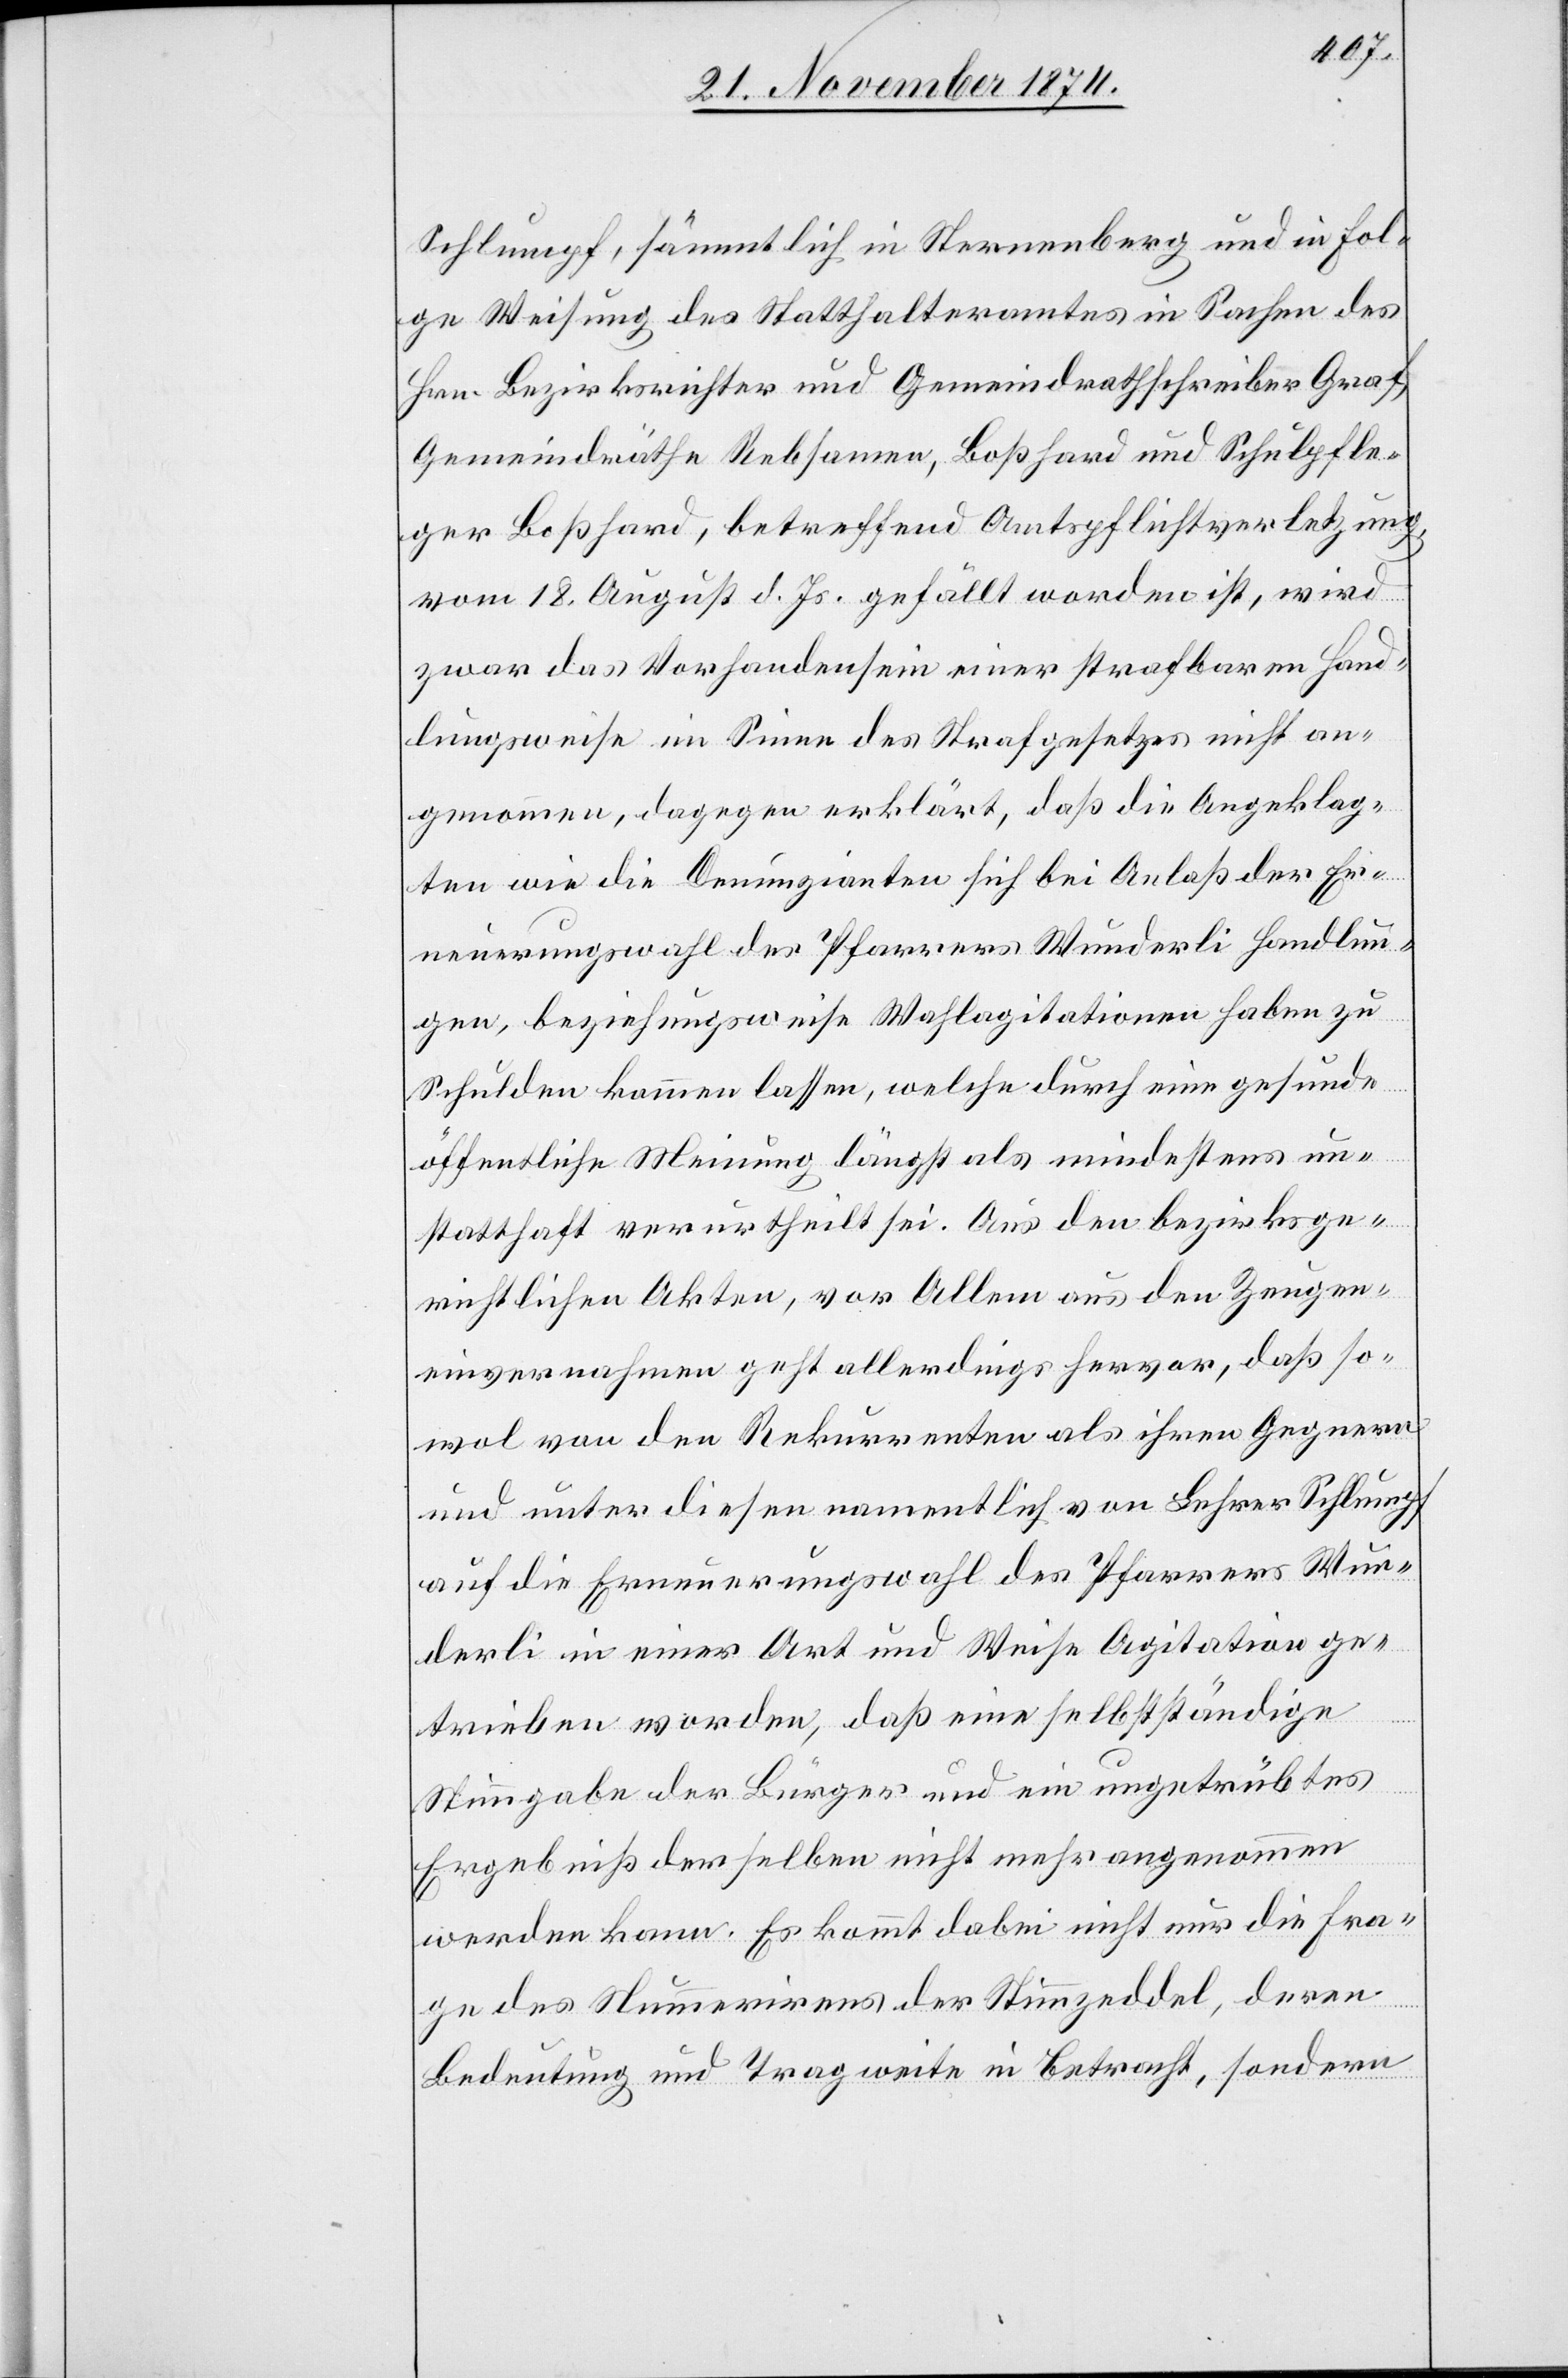
Schlumpf, sämmtlich in Sternenberg und in Fol¬
ge Weisung des Statthalteramtes in Sachen des
Hrn. Bezirksrichter und Gemeindrathschreiber Graf,
Gemeindräthe Rebsamen, Boßhard und Schulpfle¬
ger Boßhard, betreffend Amtspflichtverletzung,
vom 18. August d. Js. gefällt worden ist, wird
zwar das Vorhandensein einer strafbaren Hand¬
lungsweise im Sinne des Strafgesetzes nicht an¬
genommen, dagegen erklärt, daß die Angeklag¬
ten wie die Denunzianten sich bei Anlaß der Er¬
neuerungswahl des Pfarrers Wunderli Handlun¬
gen, beziehungsweise Wahlagitationen haben zu
Schulden kommen lassen, welche durch eine gesunde
öffentliche Meinung längst als mindestens un¬
statthaft verurtheilt sei. Aus den bezirksge¬
richtlichen Akten, vor Allem aus den Zeugen¬
einvernahmen geht allerdings hervor, daß so¬
wol von den Rekurrenten als ihren Gegnern
und unter diesen namentlich von Lehrer Schlumpf
auf die Erneuerungswahl des Pfarrers Wun¬
derli in einer Art und Weise Agitation ge¬
trieben worden, daß eine selbstständige
Stimmgabe der Bürger und ein ungetrübtes
Ergebniß derselben nicht mehr angenommen
werden kann. Es kommt dabei nicht nur die Fra¬
ge des Nummerirens der Stimmzeddel, deren
Bedeutung und Tragweite in Betracht, sondern